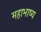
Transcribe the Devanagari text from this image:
महाभाष्‍य